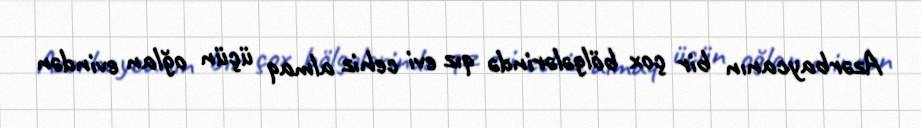
Azərbaycanın bir çox bölgələrində qız evi cehiz almaq üçün oğlan evindən